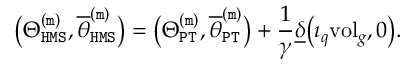
\big ( \Theta _ { \mathtt { H M S } } ^ { \mathtt { ( m ) } } , \overline { { \theta } } _ { \mathtt { H M S } } ^ { \mathtt { ( m ) } } \big ) = \big ( \Theta _ { \mathtt { P T } } ^ { \mathtt { ( m ) } } , \overline { { \theta } } _ { \mathtt { P T } } ^ { \mathtt { ( m ) } } \big ) + \frac { 1 } { \gamma } \underline { { \delta } } \big ( \imath _ { q } \mathrm { v o l } _ { g } , 0 \big ) .